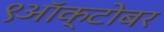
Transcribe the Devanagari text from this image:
९ऑक्टोबर